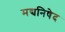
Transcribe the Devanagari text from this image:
मद्यनिषेद